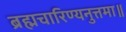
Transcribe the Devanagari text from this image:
ब्रह्मचारिण्यनुत्तमा॥